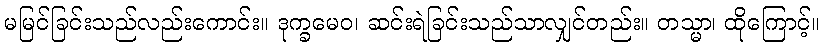
မမြင်ခြင်းသည်လည်းကောင်း။ ဒုက္ခမေဝ၊ ဆင်းရဲခြင်းသည်သာလျှင်တည်း။ တသ္မာ၊ ထိုကြောင့်။